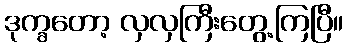
ဒုက္ခတော့ လှလှကြီးတွေ့ကြပြီ။